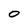
Character: 0